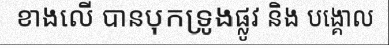
ខាងលើ បានបុកទ្រូងផ្លូវ និង បង្គោល